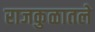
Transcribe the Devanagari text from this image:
राजकुळातले